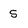
Character: 5